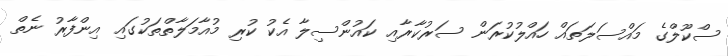
ސްކޫލްގެ މައްސަލަތައް ހައްލުކުރަން ސަރުކާރާއި ކައުންސިލާ އެކު ކުރި މުއާމަލާތްތަކުގައި އިންފާރު ނެތް